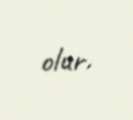
olur.